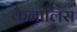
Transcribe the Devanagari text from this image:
कैनालिस